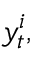
y _ { t } ^ { i } ,